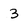
Character: 3